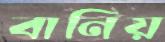
বানিয়